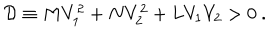
{ \cal D } \equiv M V _ { 1 } ^ { 2 } + N V _ { 2 } ^ { 2 } + L V _ { 1 } V _ { 2 } > 0 \ .